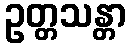
ဥတ္တသန္တာ